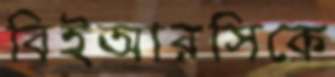
বিইআরসিকে